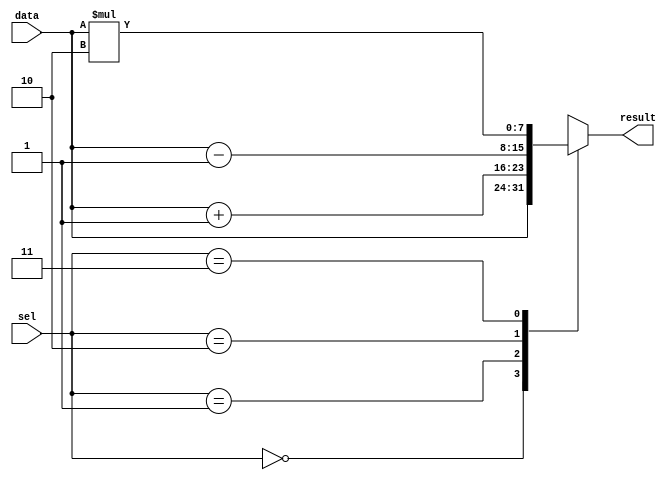
module simple_case_statement (
    input [1:0] sel,
    input [7:0] data,
    output reg [7:0] result
);

always @(*) begin
    case(sel)
        2'b00: result = data;
        2'b01: result = data + 1;
        2'b10: result = data - 1;
        2'b11: result = data * 2;
        default: result = data;
    endcase
end

endmodule